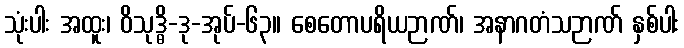
သုံးပါး အထူး၊ ဝိသုဒ္ဓိ-ဒု-အုပ်-၆၃။ စေတောပရိယဉာဏ်၊ အနာဂတံသဉာဏ် နှစ်ပါး